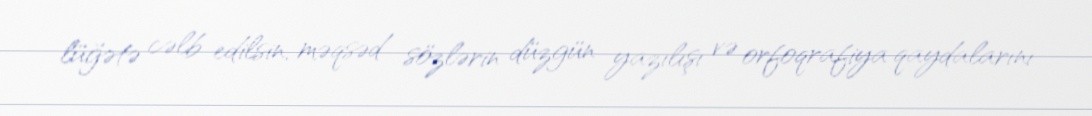
lüğətə cəlb edilsin, məqsəd sözlərin düzgün yazılışı və orfoqrafiya qaydalarını